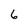
Character: 6